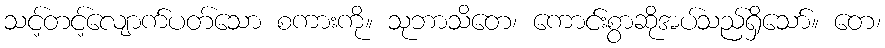
သင့်တင့်လျောက်ပတ်သော စကားကို။ သုဘာသိတေ၊ ကောင်းစွာဆိုအပ်သည်ရှိသော်။ တေ၊